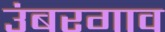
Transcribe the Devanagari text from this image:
उंबरगाव